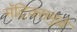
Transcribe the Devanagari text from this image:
मॅट्रिक्समुळे